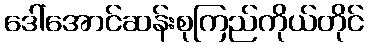
ဒေါ်အောင်ဆန်းစုကြည်ကိုယ်တိုင်